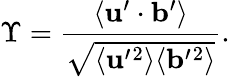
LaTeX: \Upsilon=\frac{\langle{{\mathbf{u}}^{\prime}\cdot{\mathbf{b}}^{\prime}}\rangle}{\sqrt{\langle{{\mathbf{u}}^{\prime}{}^{2}}\rangle\langle{{\mathbf{b}}^{\prime}{}^{2}}\rangle}}.